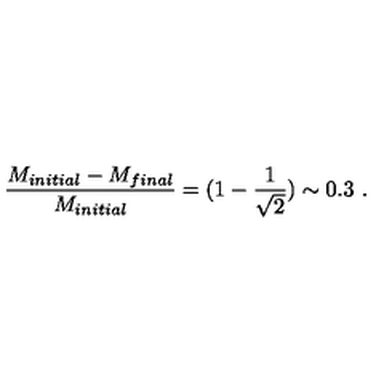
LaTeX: { \frac { M _ { i n i t i a l } - M _ { f i n a l } } { M _ { i n i t i a l } } } = ( 1 - { \frac { 1 } { \sqrt { 2 } } } ) \sim 0 . 3 \ .